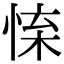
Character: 𢛐